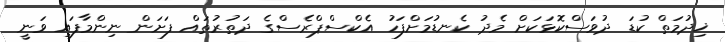
ޚިދުމަތް ކުޑަ ދުވަސްކޮޅަކަށް މެދު ކެނޑުމަށްފަހު އެކްސްޕްރެސްގެ ދަތުރުތައް ފަށަން ނިންމާފައި ވަނީ